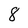
Character: 8